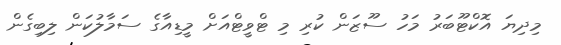
މިދިޔަ އޮކްޓޫބަރު މަހު ސޫޒަން ކުރި މި ޓްވީޓްއަށް މީޑިއާގެ ސަމާލުކަން ލިބިގެން